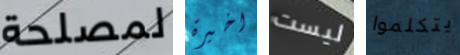
لمصلحة اخيرة ليست يتكلموا